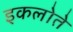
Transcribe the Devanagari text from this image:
इकलोते